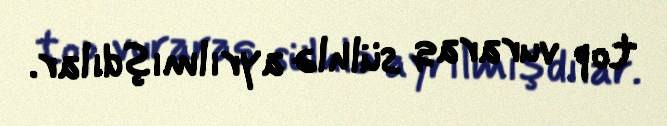
top vuraraq sülhlə ayrılmışdılar.